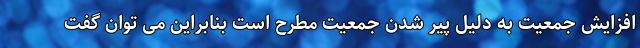
افزایش جمعیت به دلیل پیر شدن جمعیت مطرح است بنابراین می توان گفت